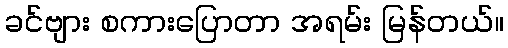
ခင်ဗျား စကားပြောတာ အရမ်း မြန်တယ်။